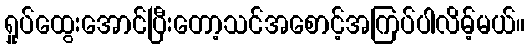
ရှုပ်ထွေးအောင်ပြီးတော့သင်အစောင့်အကြပ်ပါလိမ့်မယ်။